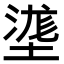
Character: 㙙